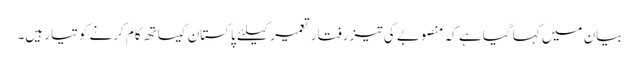
بیان میں کہا گیا ہے کہ منصوبے کی تیز رفتار تعمیر کیلئے پاکستان کیساتھ کام کرنے کو تیار ہیں۔